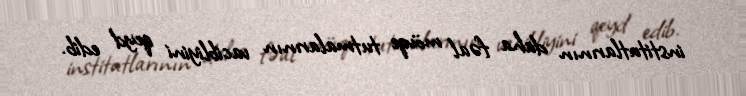
institutlarının daha fəal mövqe tutmalarının vacibliyini qeyd edib.